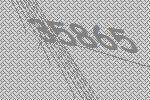
35865